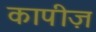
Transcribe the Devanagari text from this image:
कापीज़